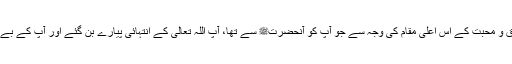
جیساکہ مَیں نے گزشتہ خطبہ میں اللہ تعالیٰ کی صفت کَافِیْ کے حوالہ سے ذکر کیا تھا کہ عشق و محبت کے اس اعلیٰ مقام کی وجہ سے جو آپؑ کو آنحضرتﷺ سے تھا، آپؑ اللہ تعالیٰ کے انتہائی پیارے بن گئے اور آپ کے بے شمار الہامات جن میں عربی، اُردو وغیرہ کے الہامات شامل ہیں، اس بات کی گواہی دیتے ہیں۔